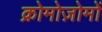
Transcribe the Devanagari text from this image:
क्रोमोज़ोमों